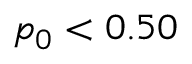
p _ { 0 } < 0 . 5 0